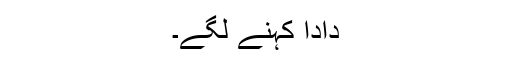
دادا کہنے لگے۔